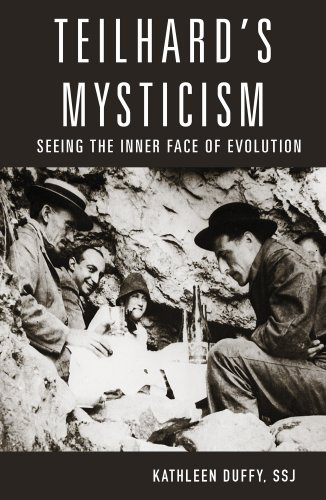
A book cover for Teilhard's Mysticism: Seeing the Inner Face of Evolution; Kathleen Duffy  S.S.J.; Christian Books & Bibles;